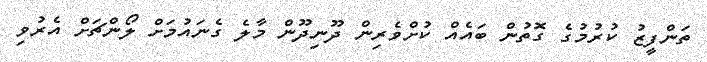
ތަންފީޒު ކުރުމުގެ ގޮތުން ބައެއް ކުށްވެރިން ދޫނިދޫން މާލެ ގެނައުމަށް ލޯންޗަށް އެރުވި